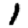
Digit: 1